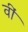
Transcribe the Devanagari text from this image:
वीं